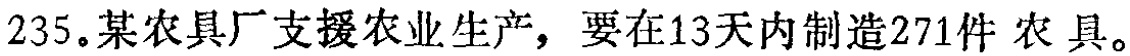
235。某农具厂支援农业生产，要在13天内制造271件 农 具。